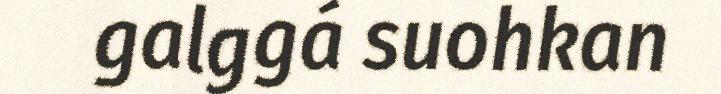
galggá suohkan